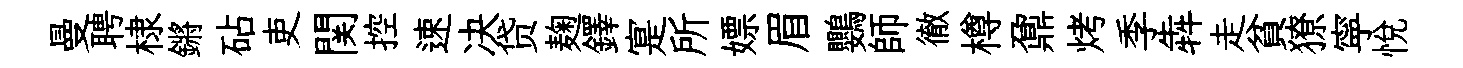
曼聘棣鏘砧吏関控速决贷麹鐸寔所嫖眉鸚師徹樽鼐烤季犇走貧獠寜悦